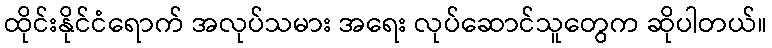
ထိုင်းနိုင်ငံရောက် အလုပ်သမား အရေး လုပ်ဆောင်သူတွေက ဆိုပါတယ်။